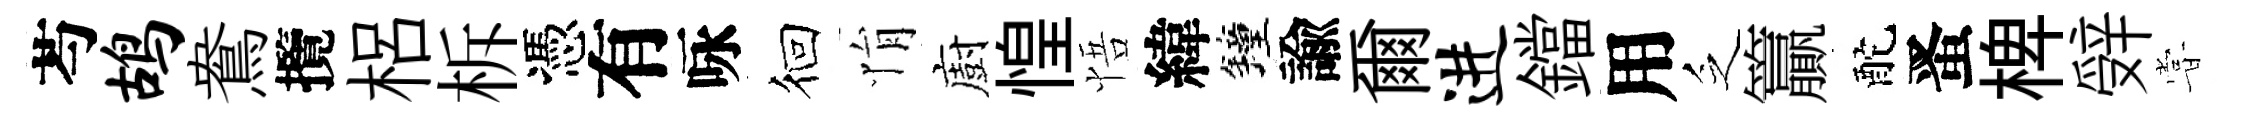
芍鸪鴦攬梠柝憑有咏徊悁廚惶悟緯鐘諭爾进鐺用乏籯酡󱉠椑辤甞